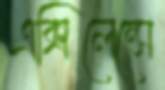
এক্সিলেন্সে